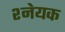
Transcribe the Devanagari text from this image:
श्नेयक